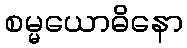
စမ္မယောဓိနော